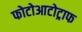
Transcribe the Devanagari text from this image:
फोटोआटोट्राफ